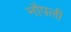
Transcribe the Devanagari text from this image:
नौपली